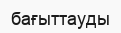
бағыттауды